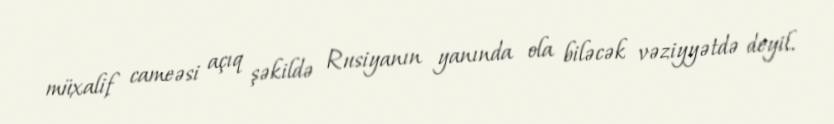
müxalif cameəsi açıq şəkildə Rusiyanın yanında ola biləcək vəziyyətdə deyil.